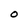
Character: O